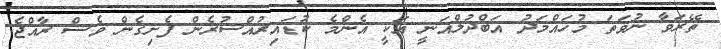
ތޭރަވާ ނުވަތަ މުހައްމަދު އަބްދުލްޣަނީ އަކީ އެންމެ ކުޑައިރުއްސުރެން ފެށިގެން ވެސް ރާއްޖެ